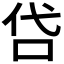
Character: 𠰰